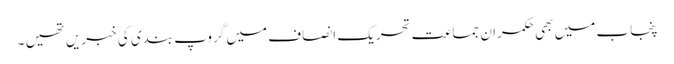
پنجاب میں بھی حکمران جماعت تحریک انصاف میں گروپ بندی کی خبریں تھیں ۔